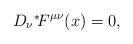
LaTeX: \begin{align*}D_\nu \mbox{\mbox{}$^*\!$} F^{\mu\nu}(x) = 0,\end{align*}